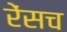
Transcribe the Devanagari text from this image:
रेंसच